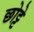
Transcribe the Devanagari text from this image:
छोट्टे